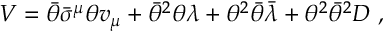
V = \bar { \theta } \bar { \sigma } ^ { \mu } \theta v _ { \mu } + \bar { \theta } ^ { 2 } \theta \lambda + \theta ^ { 2 } \bar { \theta } \bar { \lambda } + \theta ^ { 2 } \bar { \theta } ^ { 2 } D ~ ,